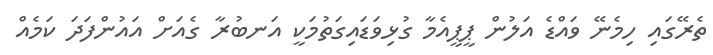
ތެރޭގައި ހިމެނޭ ވައްޑެ އަލުން ޕީޕީއެމާ ގުޅިވަޑައިގަތުމަކީ އަނބުރާ ގެއަށް އައުންފަދަ ކަމެއް